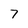
Character: 7